Indian journal of veterinary science and animal husbandry - Volume 3,
Year: 1933
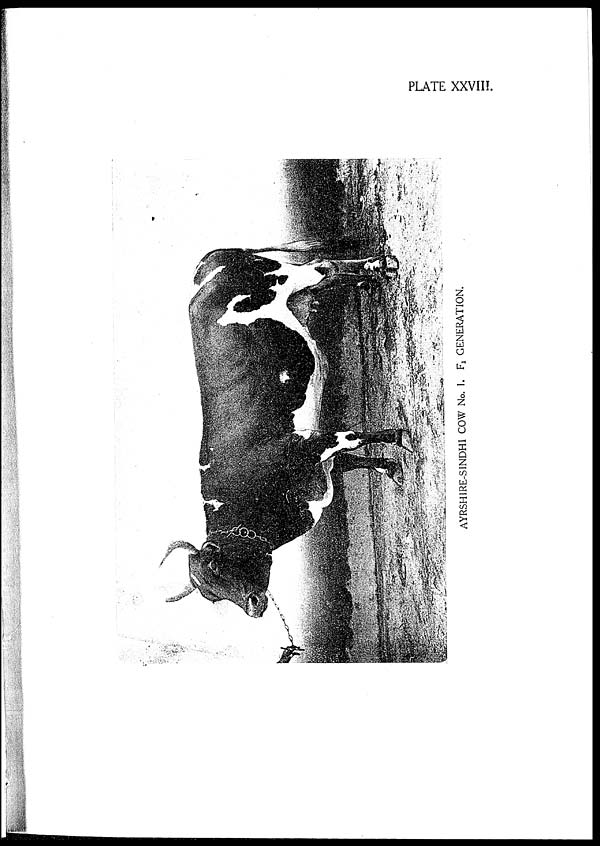
PLATE XXVIII.
AYRSHIRE-SINDHI COW No. 1. F
1 GENERATION.